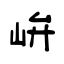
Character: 峅